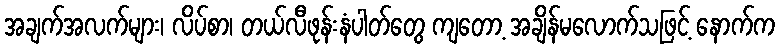
အချက်အလက်များ၊ လိပ်စာ၊ တယ်လီဖုန်းနံပါတ်တွေ ကျတော့ အချိန်မလောက်သဖြင့် နောက်က